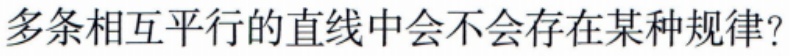
多条相互平行的直线中会不会存在某种规律?